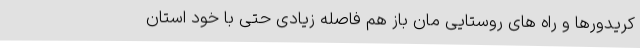
کریدورها و راه های روستایی مان باز هم فاصله زیادی حتی با خود استان